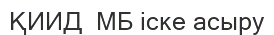
ҚИИД  МБ іске асыру